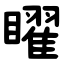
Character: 矅